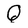
Character: Q